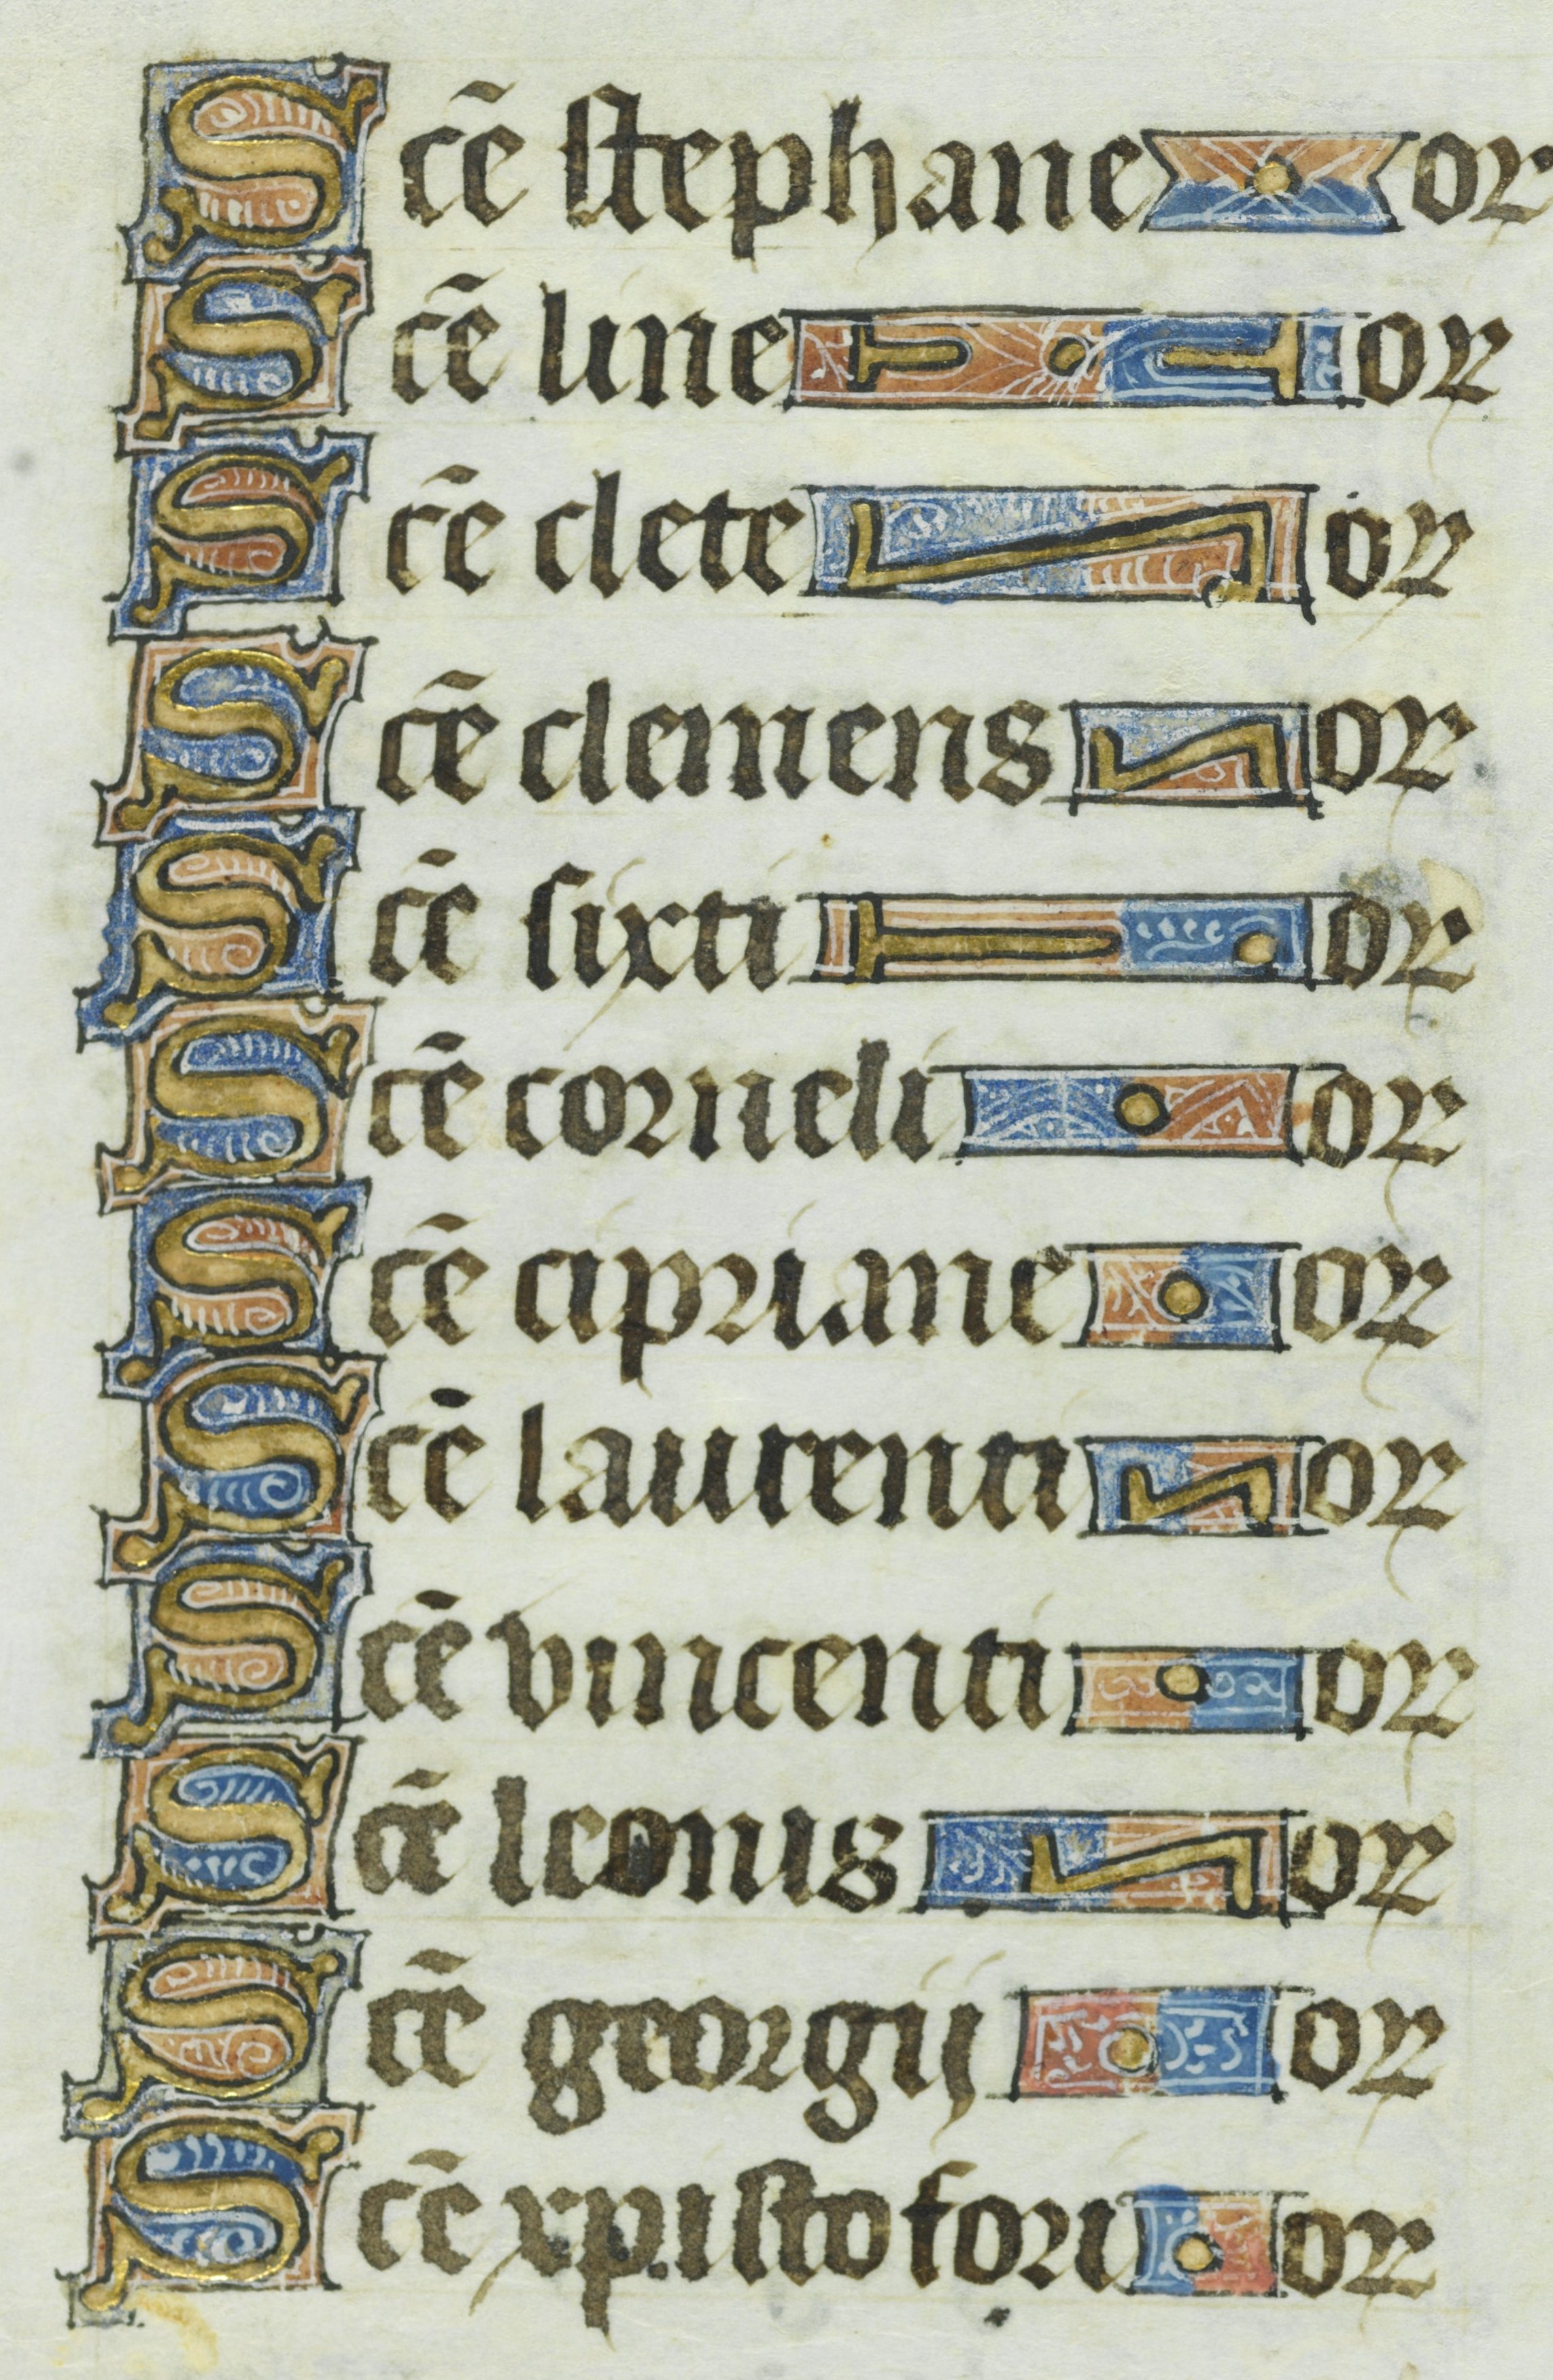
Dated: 1400–1449